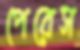
পেরেস